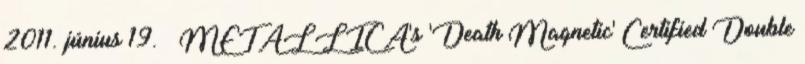
2011. június 19. ↑ METALLICA's 'Death Magnetic' Certified Double